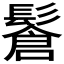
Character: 𩮩